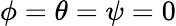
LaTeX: \phi=\theta=\psi=0